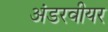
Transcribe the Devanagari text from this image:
अंडरवीयर